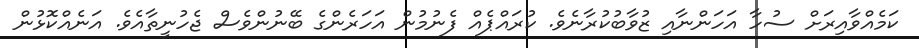
ކަމެއްވާއިރަށް ސުހާ އަހަންނާއި ޒުވާބުކުރާނެވެ. ކުރައްޕެއް ފެނުމުން އަހަރެންގެ ބޭނުންވެސް ޖެހުނީތާއެވެ. އަނެއްކޮޅުން